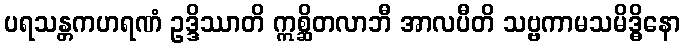
ပရသန္တကဟရဏံ ဥဒ္ဒိဿာတိ ဣစ္ဆိတလာဘီ အာလပီတိ သဗ္ဗကာမသမိဒ္ဓိနော